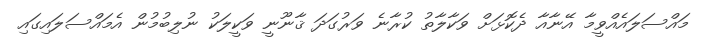
މައްސަލައެއްވީމާ އޭނާއާ ދެކޮޅަށް ވަކާލާތު ކުރާނެ ވަރުގަދަ ޤާނޫނީ ވަކީލަކު ނުލިބުމުން އެމައްސަލައިގައި